Lunatic asylums Madras 1877-1891 - 1877-1891
Year: 1877
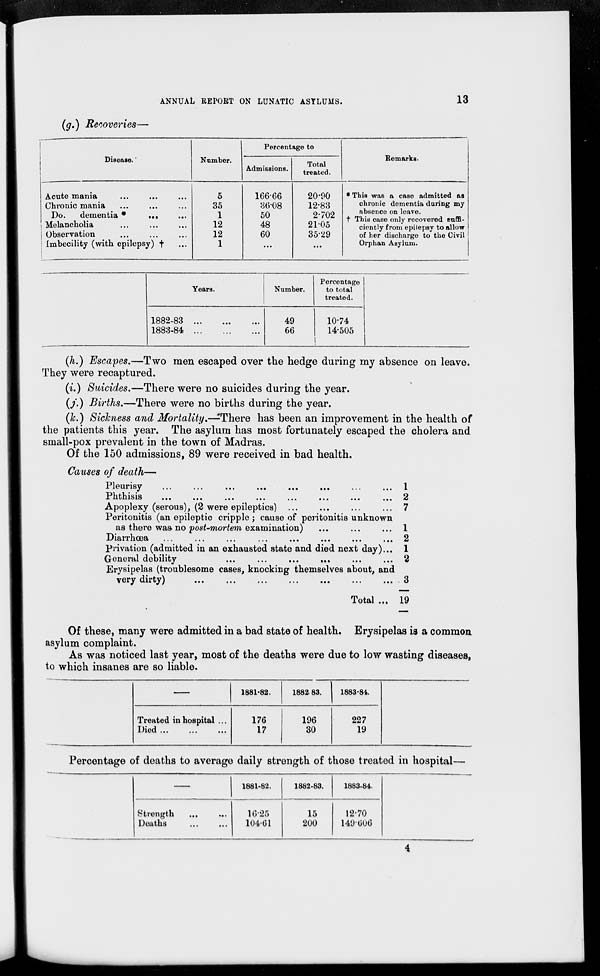
ANNUAL REPORT ON LUNATIC ASYLUMS.
13
(g.) Recoveries—
Disease.
Acute mania... ... ...
Chronic mania... ... ...
Do.
dementia * ... ...
Melancholia... ... ...
Observation... ... ...
Imbecility (with epilepsy) †...
Number.
5
35
1
12
12
1
Percentage to
Admissions.
166.66
36.08
50
48
60
...
Total
treated.
20.90
12.83
2.702
21.05
35.29
...
Remarks.
* This was a case admitted as
chronic dementia during my
absence on leave.
† This case only recovered suffi-
ciently from epilepsy to allow
of her discharge to the Civil
Orphan Asylum.
Years.
1882-83
...
...
...
1883-84
...
...
...
Number.
49
66
Percentage
to total
treated.
10.74
14.505
(h.) Escapes.—Two men escaped over the hedge during my absence on leave.
They were recaptured.
(i.) Suicides.—There were no suicides during the year.
(j.) Births.—There were no births during the year.
(k.) Sickness and Mortality.—There has been an improvement in the health of
the patients this year. The asylum has most fortunately escaped the cholera and
small-pox prevalent in the town of Madras.
Of the 150 admissions, 89 were received in bad health.
Causes of death—
Pleurisy
...
...
...
...
...
...
... ...
Phthisis
... ... ... ... ... ... ... ...
Apoplexy (serous), (2 were epileptics) ... ... ... ...
Peritonitis (an epileptic cripple; cause of peritonitis unknown
as there was no post-mortem examination)... ... ...
Diarrhœa ... ... ... ... ... ...
privation (admitted in an exhausted state and died next day)...
General debility
...
...
...
...
...
...
Erysipelas (troublesome cases, knocking themselves about, and
very dirty)
...
...
...
...
...
...
...
...
Total ...
1
2
7
1
2
1
2
3
19
Of these, many were admitted in a bad state of health. Erysipelas is a common
asylum complaint.
As was noticed last year, most of the deaths were due to low wasting diseases,
to which insanes are so liable.
—
Treated in hospital ...
Died... ... ...
1881-82.
176
17
1882-83.
196
30
1883-84.
227
19
Percentage of deaths to average daily strength of those treated in hospital—
—
Strength... ...
Deaths
...
...
1881-82.
16.25
104.61
1882-83.
15
200
1883-84.
12.70
149.606
4